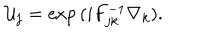
LaTeX: { \cal U } _ { j } = \mathrm { e x p } \, ( i F _ { j k } ^ { - 1 } \nabla _ { k } ) .